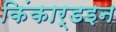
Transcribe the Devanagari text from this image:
किंकार्डइन